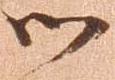
御